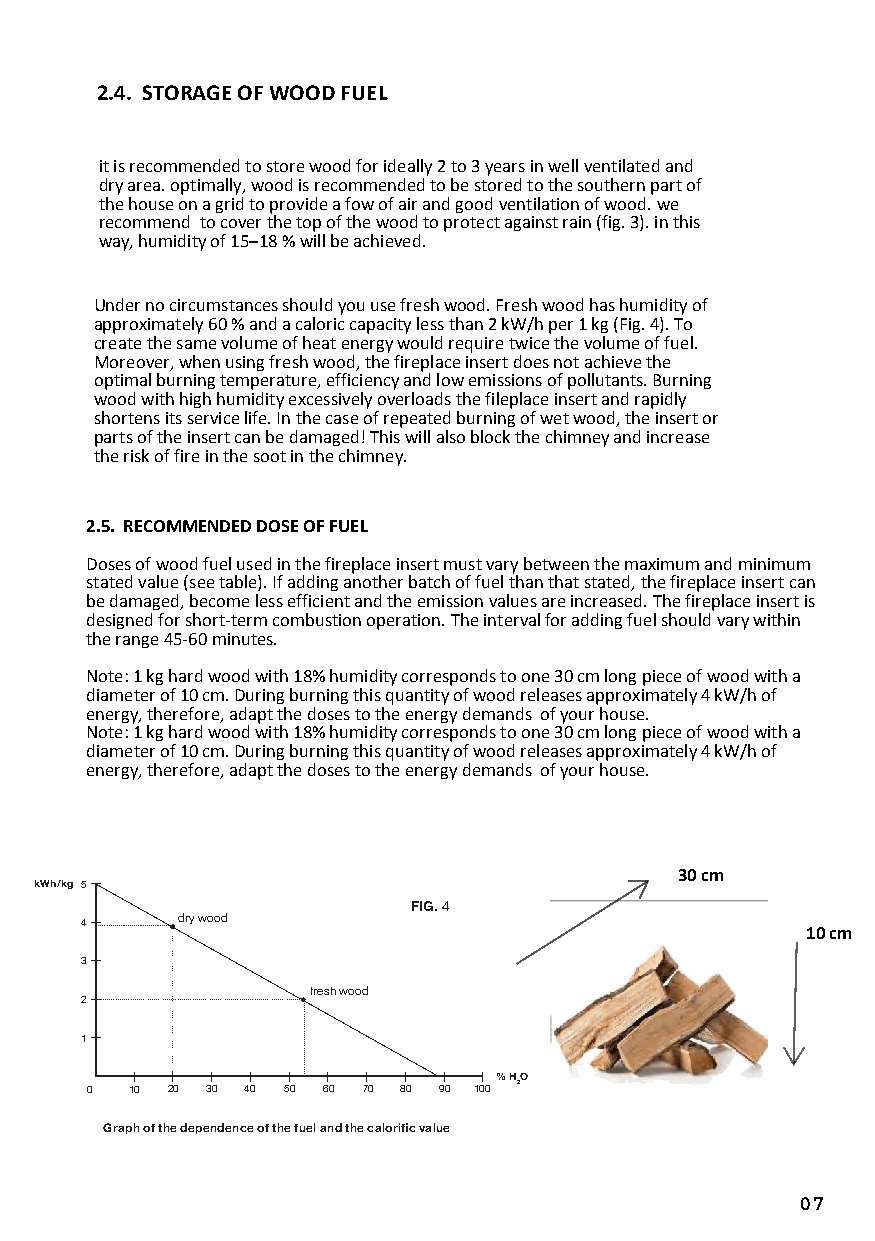
kWh/kg 5
 FiG. 4
 4      dry wood
 3
 fresh wood
 2
 1
 % hO
 0  10 20 30 40 50 60 70 80 90 100 2
 Graph of the dependence of the fuel and the calorific value
 07